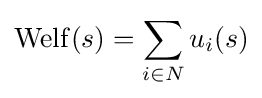
\operatorname {Welf} (s)=\sum _{i\in N}u_{i}(s)